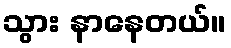
သွား နာနေတယ်။